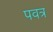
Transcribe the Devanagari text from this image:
पवत्र